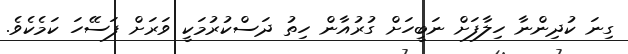
ގިނަ ކުދިންނާ ހިލާފަށް ނަބީހަށް ގުރުއާން ހިތު ދަސްކުރުމަކީ ވަރަށް ފަސޭހަ ކަމެކެވެ.